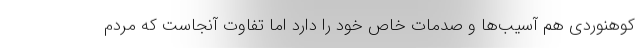
کوهنوردی هم آسیب‌ها و صدمات خاص خود را دارد اما تفاوت آنجاست که مردم